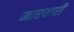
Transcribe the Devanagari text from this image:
मारवारी